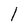
Character: l